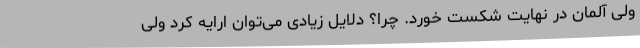
ولی آلمان در نهایت شکست خورد. چرا؟ دلایل زیادی می‌توان ارایه کرد ولی